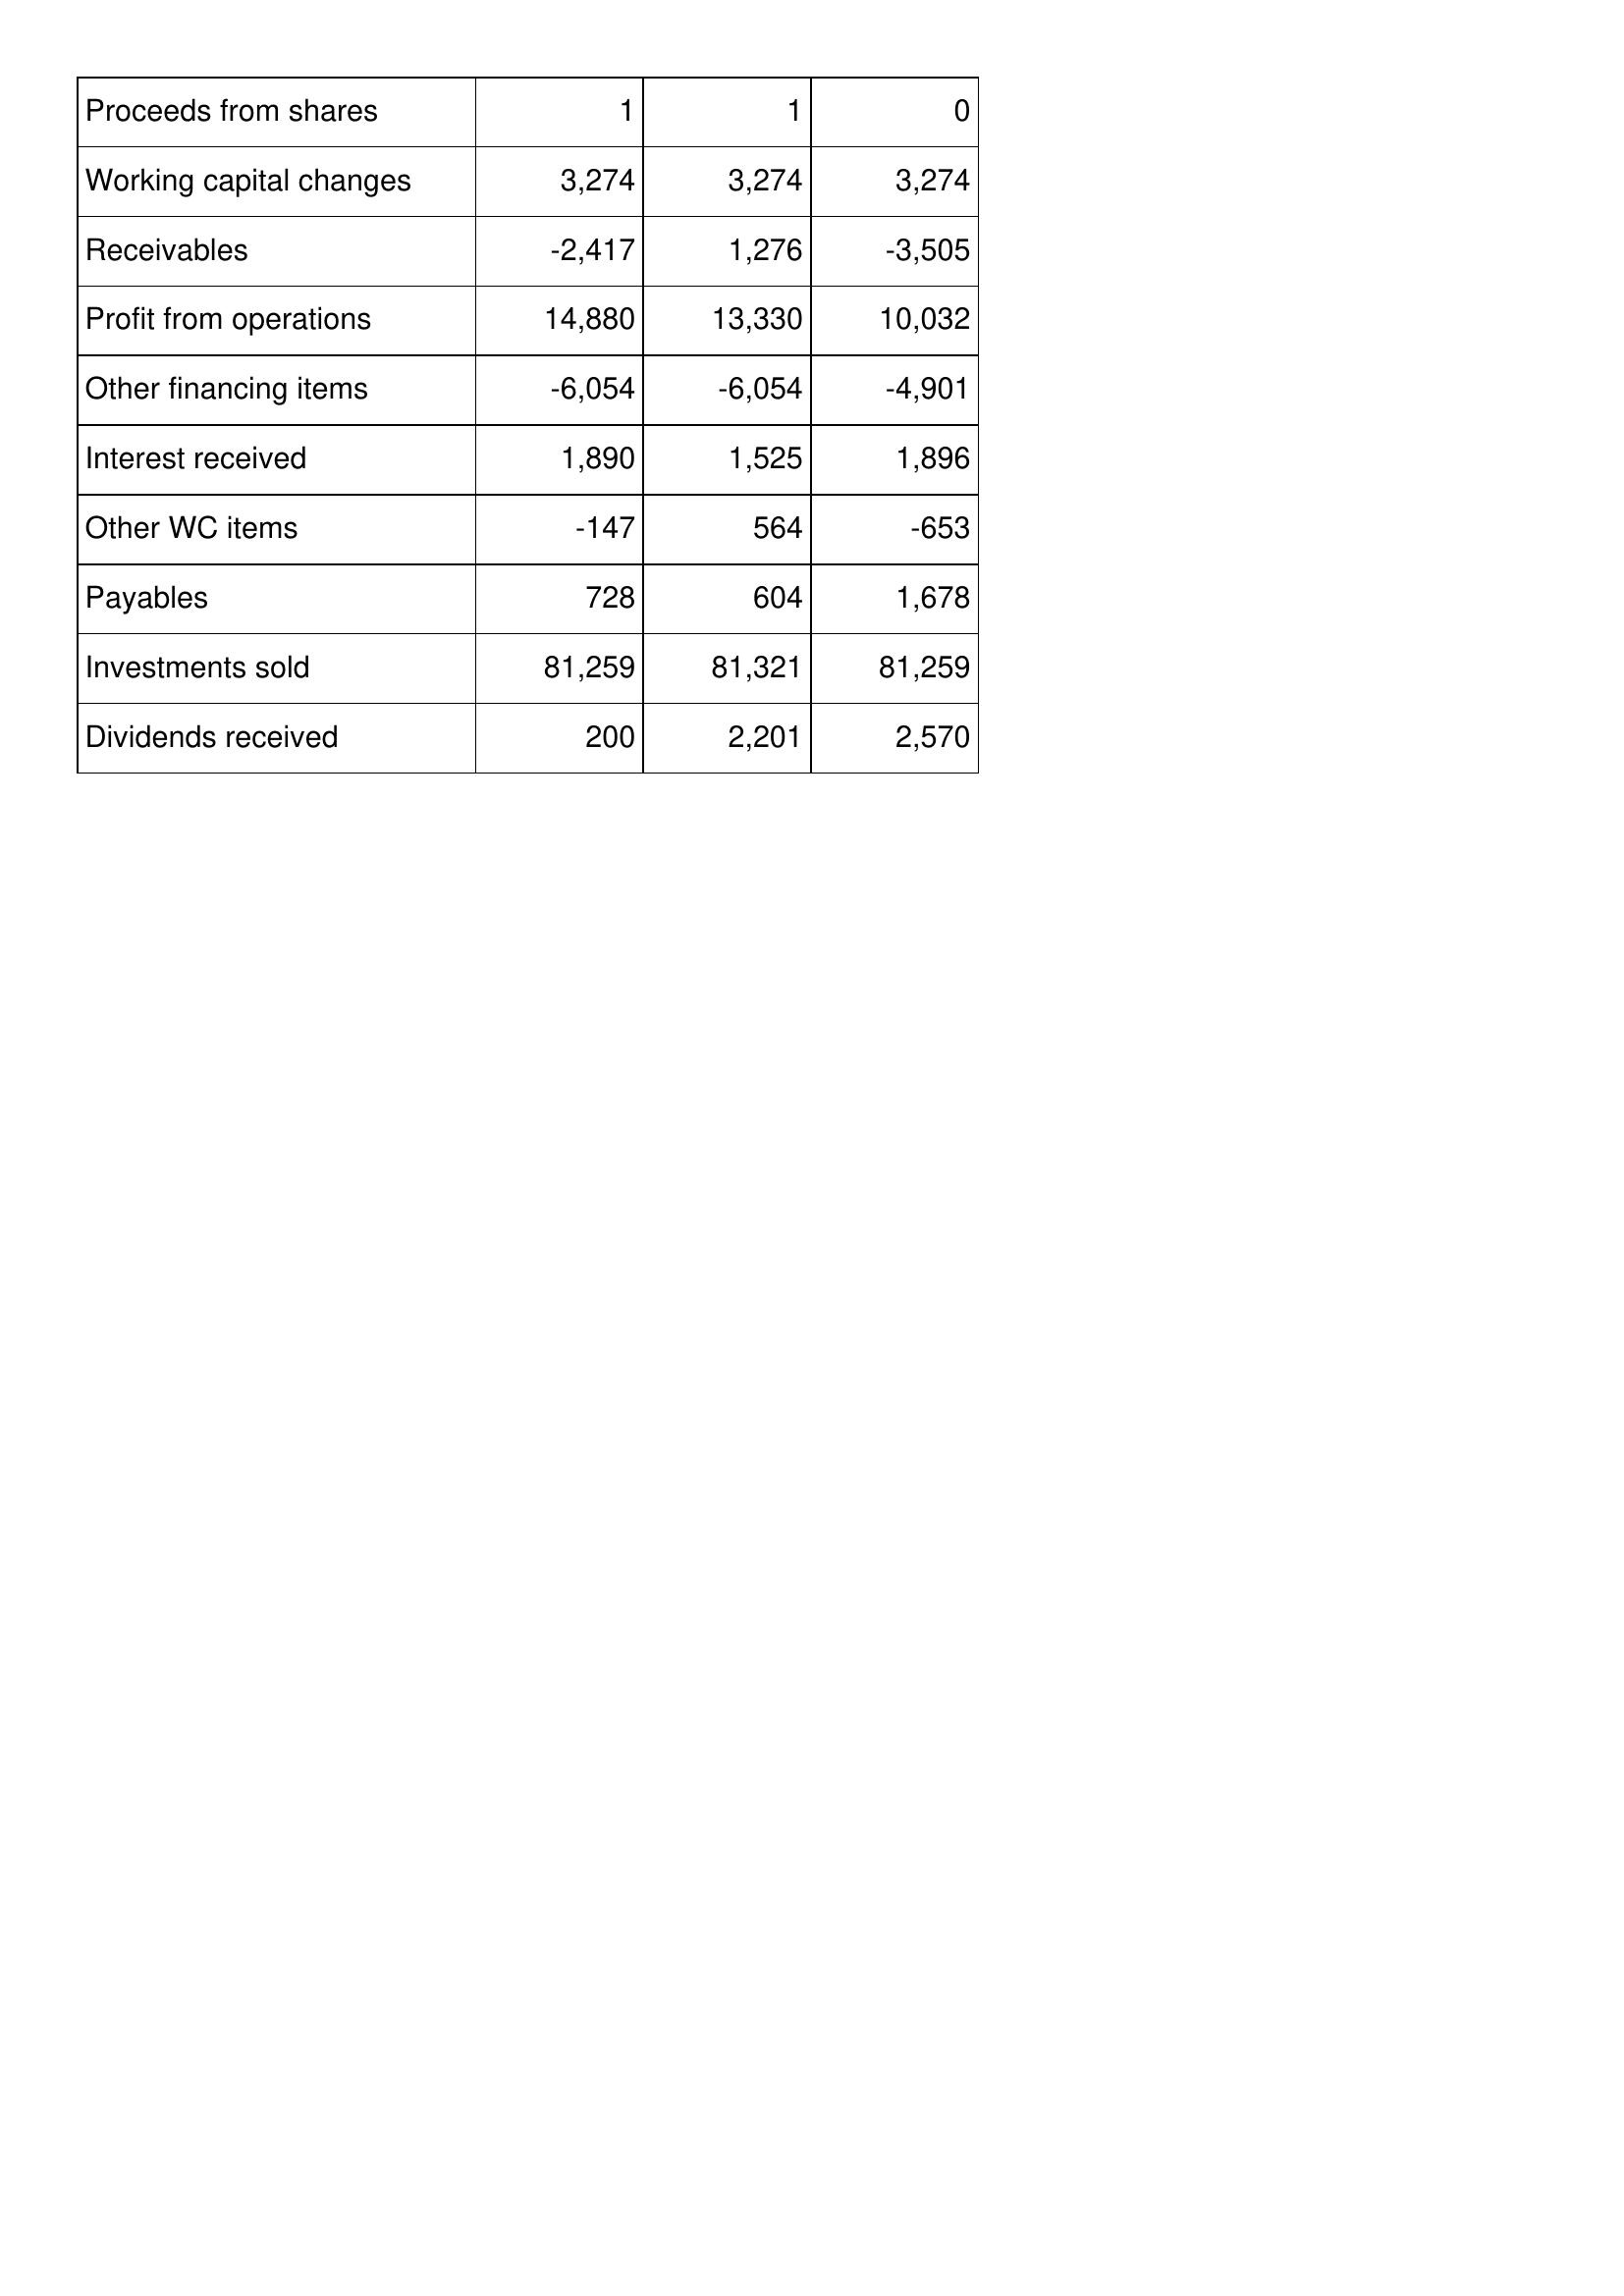
Nov-09: Cash Flows: Proceeds from shares: 1
Working capital changes: 3,274
Receivables: -2,417
Profit from operations: 14,880
Other financing items: -6,054
Interest received: 1,890
Other WC items: -147
Payables: 728
Investments sold: 81,259
Dividends received: 200
Nov-08: Cash Flows: Proceeds from shares: 1
Working capital changes: 3,274
Receivables: 1,276
Profit from operations: 13,330
Other financing items: -6,054
Interest received: 1,525
Other WC items: 564
Payables: 604
Investments sold: 81,321
Dividends received: 2,201
Nov-07: Cash Flows: Proceeds from shares: 0
Working capital changes: 3,274
Receivables: -3,505
Profit from operations: 10,032
Other financing items: -4,901
Interest received: 1,896
Other WC items: -653
Payables: 1,678
Investments sold: 81,259
Dividends received: 2,570